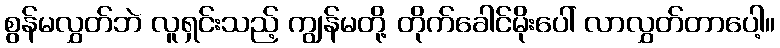
စွန်မလွှတ်ဘဲ လူရှင်းသည့် ကျွန်မတို့ တိုက်ခေါင်မိုးပေါ် လာလွှတ်တာပေါ့။